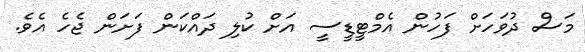
މަސް ދުވަހަށް ފަހުން އެމްޓީޑީސީ އަށް ކުލި ދައްކަން ފަށަން ޖެހެ އެވެ.